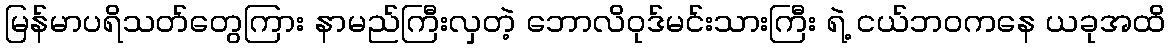
မြန်မာပရိသတ်တွေကြား နာမည်ကြီးလှတဲ့ ဘောလိဝုဒ်မင်းသားကြီး ရဲ့ ငယ်ဘဝကနေ ယခုအထိ